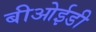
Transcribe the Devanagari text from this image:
बीओईडी